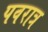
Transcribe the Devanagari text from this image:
पवरात्र